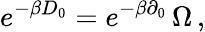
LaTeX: e^{-\beta D_{0}}=e^{-\beta\partial_{0}}\, \Omega\, ,